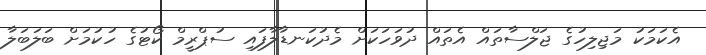
އެކަމަކު މަޖިލިހުގެ ޖަލްސާތައް އެތައް ދުވަހަކަށް މެދުކަނޑާލާފައި ސުޕްރީމް ކޯޓުގެ ހުކުމަށް ބަލަބަލާ